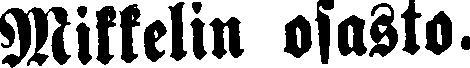
Mikkelin osasto.